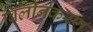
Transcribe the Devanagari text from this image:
विलीनकरण